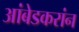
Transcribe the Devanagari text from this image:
आंबेडकरांन